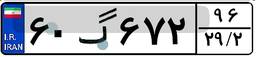
۹۷گ۰۸۴۶۰